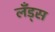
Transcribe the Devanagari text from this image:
लँड्स